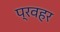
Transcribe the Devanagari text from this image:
प्रवहर